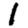
Digit: 1